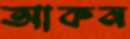
আকন